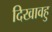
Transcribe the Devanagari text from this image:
दिखावहु